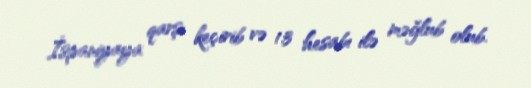
İspaniyaya qarşı keçirib və 1:3 hesabı ilə məğlub olub.